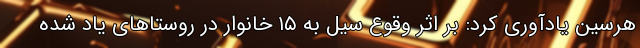
هرسین یادآوری کرد: بر اثر وقوع سیل به ۱۵ خانوار در روستاهای یاد شده